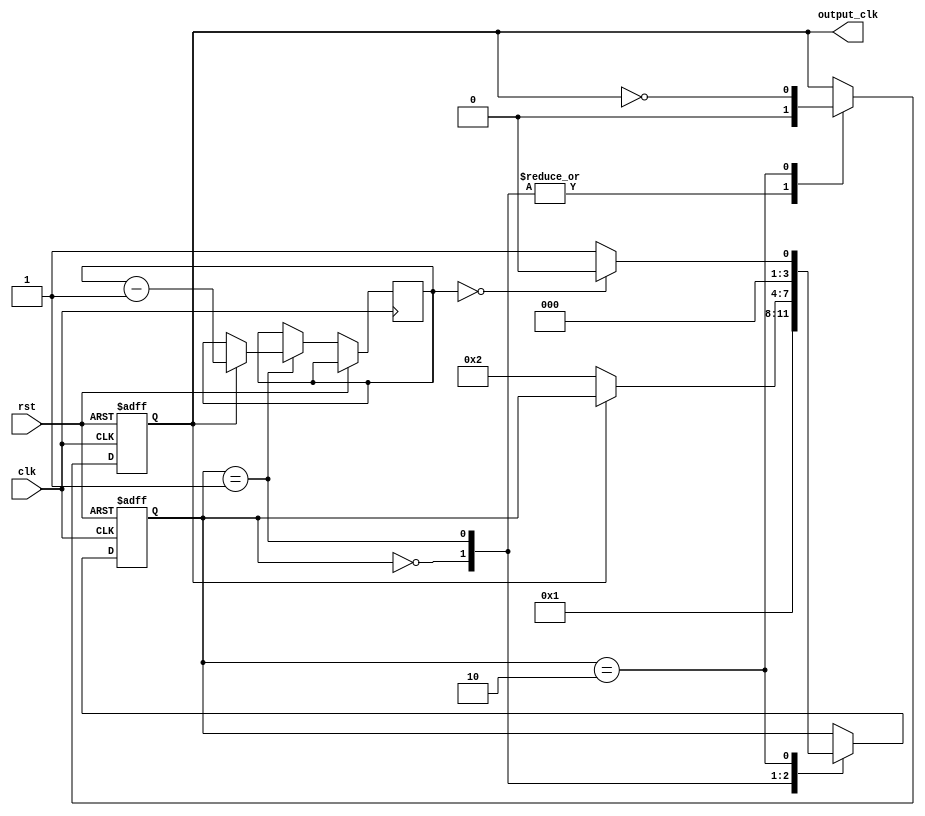
module clock_divider (
    input clk,
    input rst,
    output reg output_clk
);

reg [7:0] division_value = 8'hFF; // floating-point division value
reg [3:0] state = 4'h0; // FSM state

always @(posedge clk or posedge rst) begin
    if (rst) begin
        state <= 4'h0;
        output_clk <= 1'b0;
    end else begin
        case(state)
            4'h0: begin // idle state
                output_clk <= 1'b0;
                state <= 4'h1;
            end
            4'h1: begin // division state
                if (output_clk == 1'b0) begin
                    state <= 4'h2;
                end else begin
                    output_clk <= 1'b0;
                    division_value <= division_value - 1;
                end
            end
            4'h2: begin // toggle state
                output_clk <= ~output_clk;
                state <= (division_value == 8'h00) ? 4'h0 : 4'h1;
            end
        endcase
    end
end

endmodule